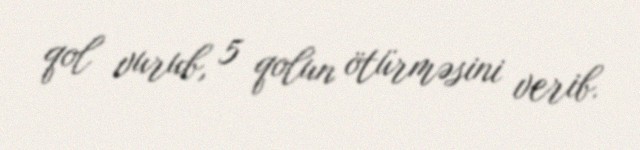
qol vurub, 5 qolun ötürməsini verib.